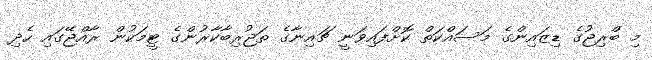
މި ބްރިޖުގެ ޑިޒައިންގެ މަސައްކަތް ކޮށްފައިވަނީ ޗައިނާގެ ތަޖުރިބާކާރުންގެ ޓީމަކުން ރާއްޖޭގައި ހެދި